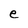
Character: e